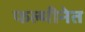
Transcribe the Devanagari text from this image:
फल्मीनेत